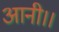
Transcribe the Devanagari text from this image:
आनी।।